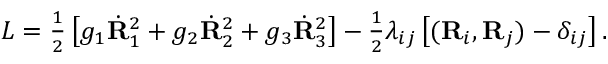
\begin{array} { r } { L = \frac 1 2 \left[ g _ { 1 } \dot { \bf R } _ { 1 } ^ { 2 } + g _ { 2 } \dot { \bf R } _ { 2 } ^ { 2 } + g _ { 3 } \dot { \bf R } _ { 3 } ^ { 2 } \right] - \frac 1 2 \lambda _ { i j } \left[ ( { \bf R } _ { i } , { \bf R } _ { j } ) - \delta _ { i j } \right] . } \end{array}